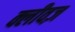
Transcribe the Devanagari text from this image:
क्लीवज़